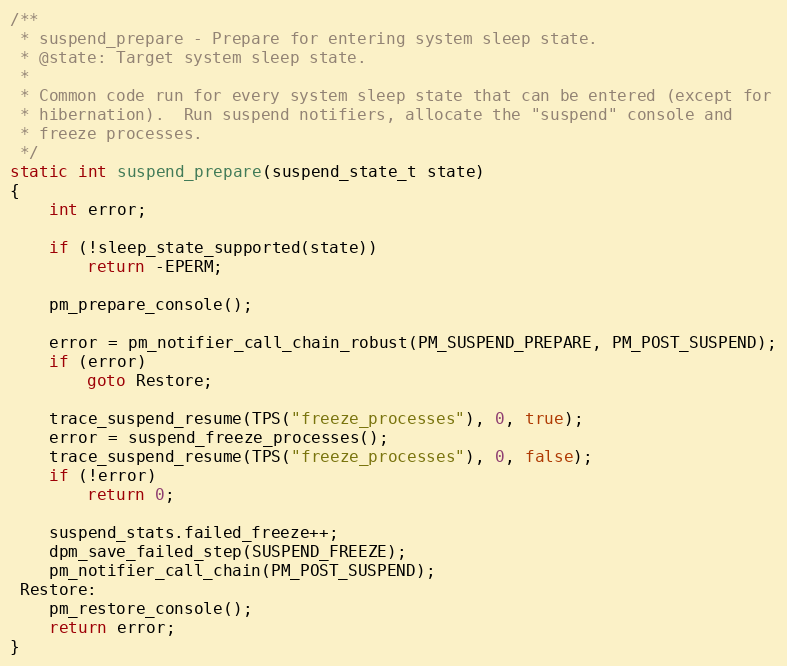
Language: C
/**
 * suspend_prepare - Prepare for entering system sleep state.
 * @state: Target system sleep state.
 *
 * Common code run for every system sleep state that can be entered (except for
 * hibernation).  Run suspend notifiers, allocate the "suspend" console and
 * freeze processes.
 */
static int suspend_prepare(suspend_state_t state)
{
	int error;

	if (!sleep_state_supported(state))
		return -EPERM;

	pm_prepare_console();

	error = pm_notifier_call_chain_robust(PM_SUSPEND_PREPARE, PM_POST_SUSPEND);
	if (error)
		goto Restore;

	trace_suspend_resume(TPS("freeze_processes"), 0, true);
	error = suspend_freeze_processes();
	trace_suspend_resume(TPS("freeze_processes"), 0, false);
	if (!error)
		return 0;

	suspend_stats.failed_freeze++;
	dpm_save_failed_step(SUSPEND_FREEZE);
	pm_notifier_call_chain(PM_POST_SUSPEND);
 Restore:
	pm_restore_console();
	return error;
}